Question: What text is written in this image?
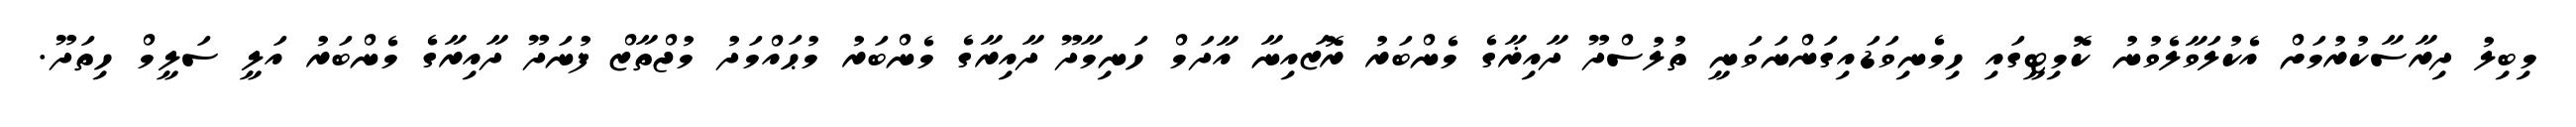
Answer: މިބިލު ދިރާސާކުރުމަށް އެކުލަވާލެވުނު ކޮމިޓީގައި ހިމެނިވަޑައިގަންނަވަނީ ތުލުސްދޫ ދާއިޜާގެ މެންބަރު ރޮޒައިނާ އާދަމް ހަނިމާދޫ ދާއިރާގެ މެންބަރު މުޙައްމަދު މުޖްތާޒް ފުނަދޫ ދާއިރާގެ މެންބަރު އަލީ ސަލީމް ހިތަދޫ.